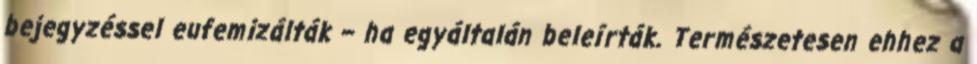
bejegyzéssel eufemizálták – ha egyáltalán beleírták. Természetesen ehhez a